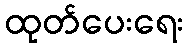
ထုတ်ပေးရေး